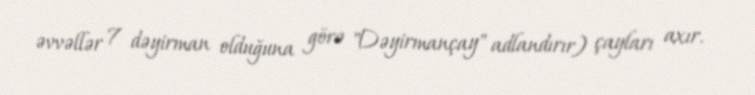
əvvəllər 7 dəyirman olduğuna görə "Dəyirmançay" adlandırır) çayları axır.